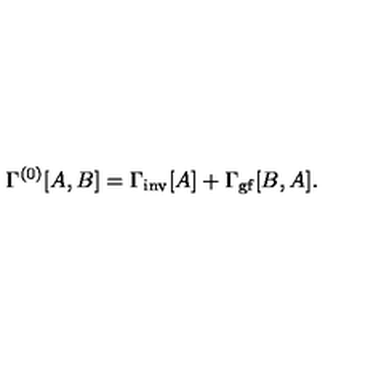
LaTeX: \Gamma ^ { ( 0 ) } [ A , B ] = \Gamma _ { \mathrm { i n v } } [ A ] + \Gamma _ { \mathrm { g f } } [ B , A ] .